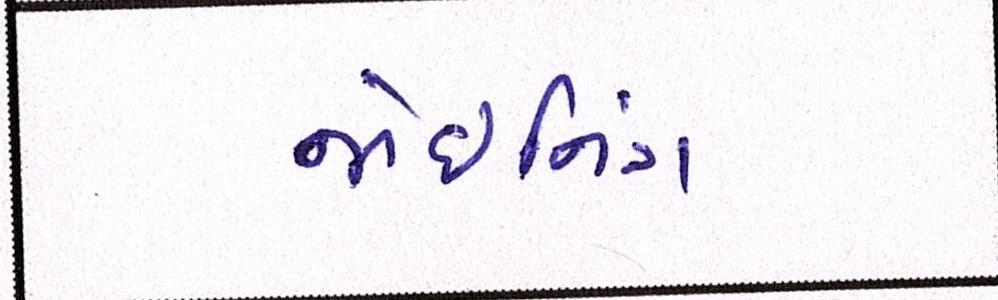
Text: જોઇનિંગ